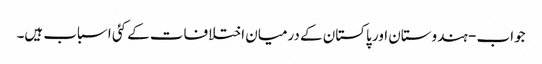
جواب - ہندوستان اور پاکستان کے درمیان اختلافات کے کئی اسباب ہیں۔